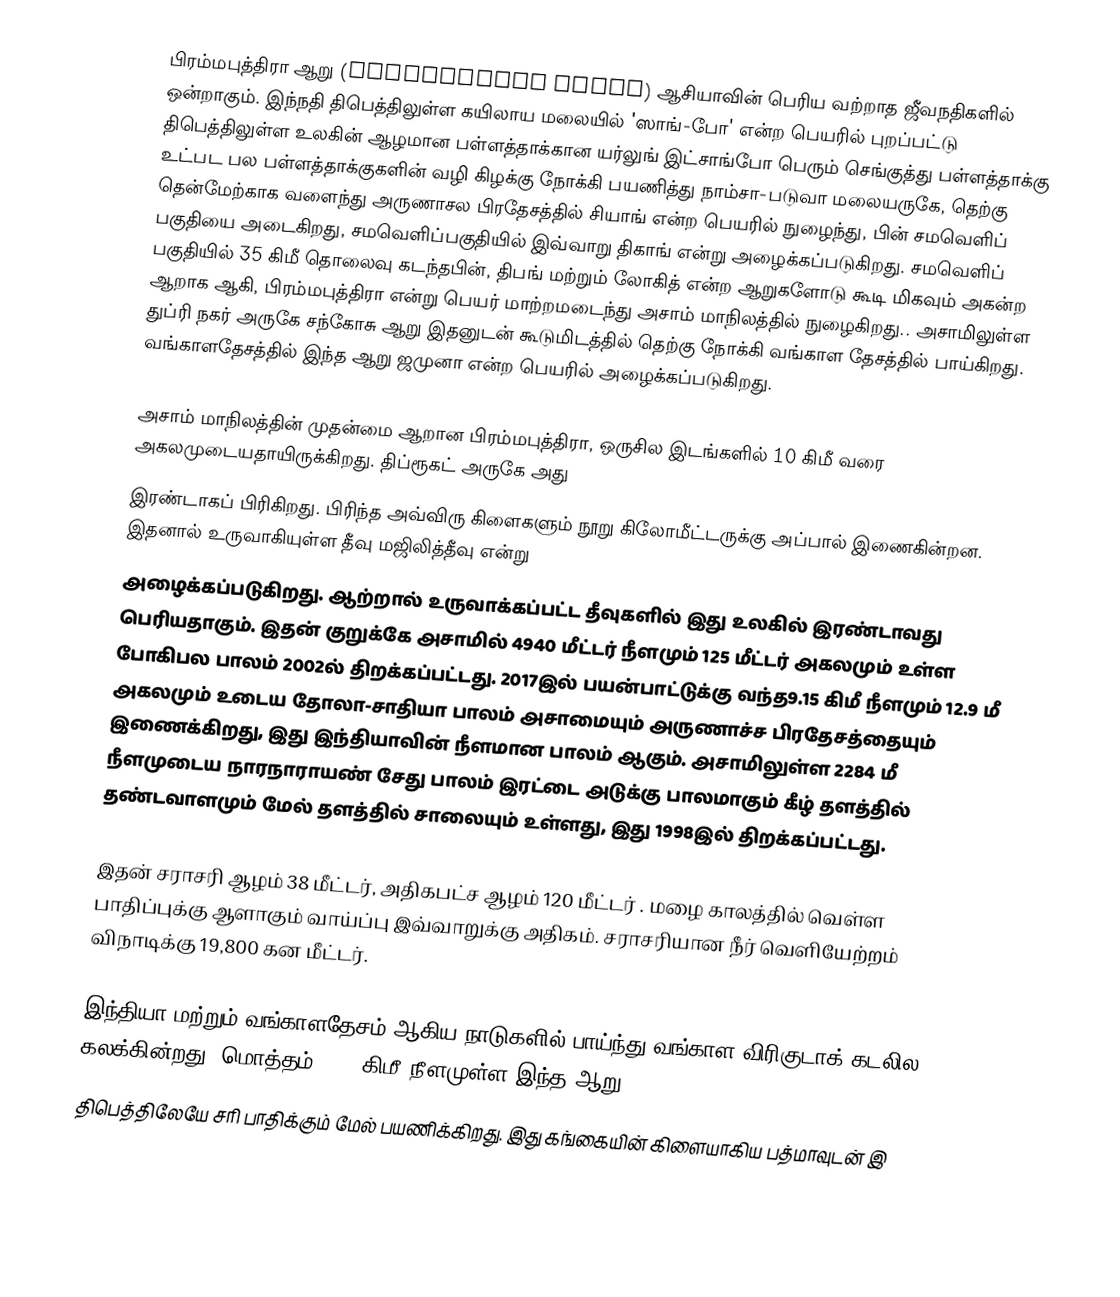
பிரம்மபுத்திரா ஆறு (Brahmaputra River) ஆசியாவின் பெரிய வற்றாத ஜீவநதிகளில் ஒன்றாகும். இந்நதி திபெத்திலுள்ள கயிலாய மலையில் 'ஸாங்-போ' என்ற பெயரில் புறப்பட்டு திபெத்திலுள்ள உலகின் ஆழமான பள்ளத்தாக்கான யர்லுங் இட்சாங்போ பெரும் செங்குத்து பள்ளத்தாக்கு உட்பட பல பள்ளத்தாக்குகளின் வழி கிழக்கு நோக்கி பயணித்து  நாம்சா-படுவா மலையருகே, தெற்கு தென்மேற்காக வளைந்து அருணாசல பிரதேசத்தில் சியாங் என்ற பெயரில் நுழைந்து, பின் சமவெளிப் பகுதியை அடைகிறது, சமவெளிப்பகுதியில் இவ்வாறு திகாங் என்று அழைக்கப்படுகிறது. சமவெளிப் பகுதியில் 35 கிமீ தொலைவு கடந்தபின், திபங் மற்றும் லோகித் என்ற ஆறுகளோடு கூடி மிகவும் அகன்ற ஆறாக ஆகி, பிரம்மபுத்திரா என்று பெயர் மாற்றமடைந்து அசாம் மாநிலத்தில் நுழைகிறது.. அசாமிலுள்ள துப்ரி நகர் அருகே சந்கோசு ஆறு இதனுடன் கூடுமிடத்தில் தெற்கு நோக்கி வங்காள தேசத்தில் பாய்கிறது. வங்காளதேசத்தில் இந்த ஆறு ஜமுனா என்ற பெயரில் அழைக்கப்படுகிறது.

அசாம் மாநிலத்தின் முதன்மை ஆறான பிரம்மபுத்திரா, ஒருசில இடங்களில் 10 கிமீ வரை அகலமுடையதாயிருக்கிறது. திப்ரூகட் அருகே அது
இரண்டாகப் பிரிகிறது. பிரிந்த அவ்விரு கிளைகளும் நூறு கிலோமீட்டருக்கு அப்பால் இணைகின்றன. இதனால் உருவாகியுள்ள தீவு மஜிலித்தீவு என்று
அழைக்கப்படுகிறது. ஆற்றால் உருவாக்கப்பட்ட தீவுகளில் இது உலகில் இரண்டாவது பெரியதாகும். இதன் குறுக்கே  அசாமில் 4940 மீட்டர் நீளமும் 125 மீட்டர் அகலமும் உள்ள போகிபல பாலம் 2002ல் திறக்கப்பட்டது. 2017இல் பயன்பாட்டுக்கு வந்த9.15 கிமீ நீளமும் 12.9 மீ அகலமும் உடைய தோலா-சாதியா பாலம் அசாமையும் அருணாச்ச பிரதேசத்தையும் இணைக்கிறது, இது இந்தியாவின் நீளமான பாலம் ஆகும். அசாமிலுள்ள 2284 மீ நீளமுடைய நாரநாராயண் சேது பாலம் இரட்டை அடுக்கு பாலமாகும் கீழ் தளத்தில் தண்டவாளமும் மேல் தளத்தில் சாலையும் உள்ளது, இது 1998இல் திறக்கப்பட்டது.

இதன் சராசரி ஆழம் 38 மீட்டர், அதிகபட்ச ஆழம் 120 மீட்டர் . மழை காலத்தில் வெள்ள பாதிப்புக்கு ஆளாகும் வாய்ப்பு இவ்வாறுக்கு அதிகம். சராசரியான நீர்  வெளியேற்றம் விநாடிக்கு 19,800 கன மீட்டர்.

இந்தியா மற்றும் வங்காளதேசம் ஆகிய நாடுகளில் பாய்ந்து வங்காள விரிகுடாக் கடலில கலக்கின்றது.  மொத்தம் 2800 கிமீ நீளமுள்ள இந்த ஆறு,
திபெத்திலேயே சரி பாதிக்கும் மேல் பயணிக்கிறது. இது கங்கையின் கிளையாகிய பத்மாவுடன் இ